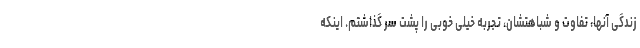
زندگی آنها، تفاوت و شباهتشان، تجربه خیلی خوبی را پشت سر گذاشتم. اینکه